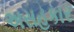
અસહકાર